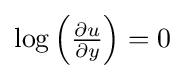
{\textstyle \log \left({\frac {\partial u}{\partial y}}\right)=0}